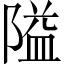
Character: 隘